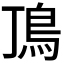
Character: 𩾚